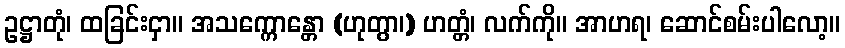
ဥဋ္ဌာတုံ၊ ထခြင်းငှာ။ အသက္ကောန္တော (ဟုတွာ၊) ဟတ္တံ၊ လက်ကို။ အာဟရ၊ ဆောင်စမ်းပါလော့။